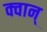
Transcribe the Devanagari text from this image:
क्वान्